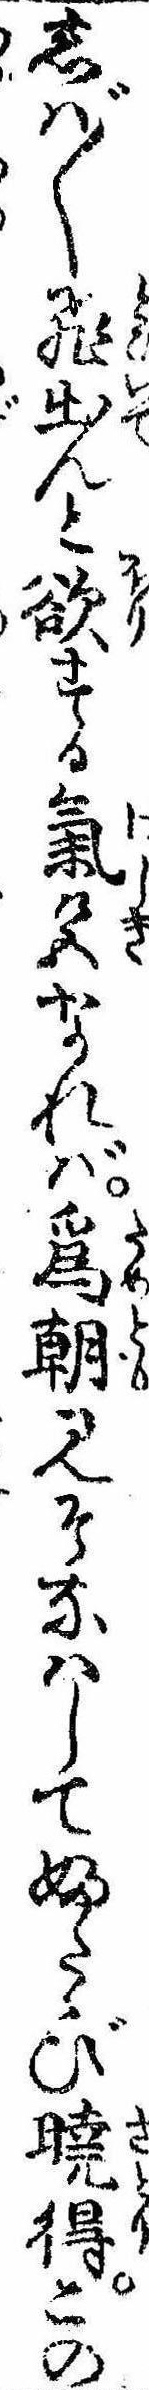
しば〲飛出んと欲する気色なれば為朝見そなはしてふたゝび暁得この